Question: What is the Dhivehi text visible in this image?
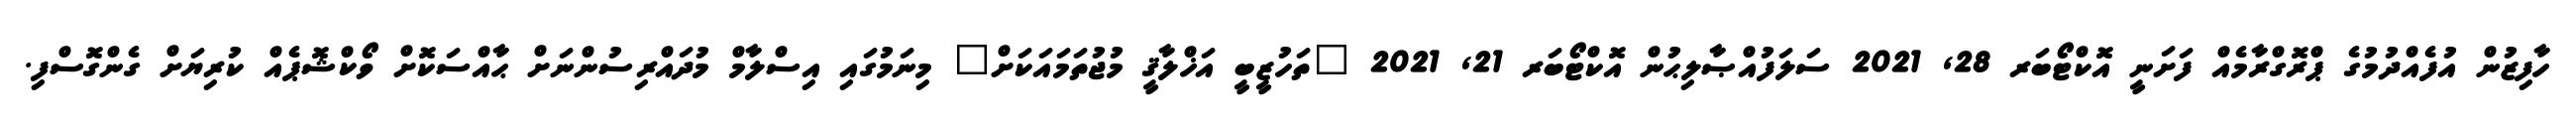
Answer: ހާފިޒުން އުފެއްދުމުގެ ޕްރޮގްރާމެއް ފަށަނީ އޮކްޓޯބަރ 28, 2021 ސަލަފުއްޞާލިޙުން އޮކްޓޯބަރ 21, 2021 "ތަހުޒީބީ އަޚްލާޤީ މުޖުތަމައަކަށް" މިނަމުގައި އިސްލާމް މުދައްރިސުންނަށް ޙާއްސަކޮށް ވޯކްޝޮޕެއް ކުރިޔަށް ގެންގޮސްފި.